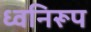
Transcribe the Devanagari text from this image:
ध्वनिरूप